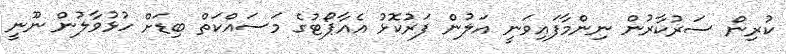
ކުރިން ސަރުކާރުން ނިންމާފައިވަނީ އަލުން ފަރުކޮޅު އެއާޕޯޓުގެ މަސައްކަތް ބިޑަށް ހުޅުވާލުން ނޫނީ